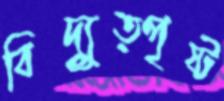
বিদ্যুত্পৃষ্ট